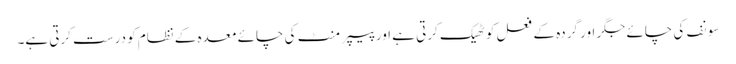
سونف کی چائے جگر اور گردہ کے فعل کو ٹھیک کرتی ہے اور پیپر منٹ کی چائے معدہ کے نظام کو درست کرتی ہے۔